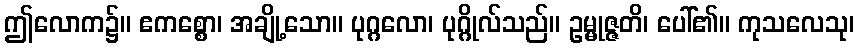
ဤလောက၌။ ဧကစ္စော၊ အချို့သော။ ပုဂ္ဂလော၊ ပုဂ္ဂိုလ်သည်။ ဥမ္မုဇ္ဇတိ၊ ပေါ်၏။ ကုသလေသု၊